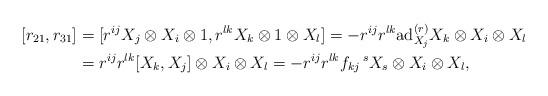
LaTeX: \begin{align*}[r_{21},r_{31}]&=[r^{ij}X_{j}\otimes X_{i}\otimes 1, r^{lk} X_{k}\otimes 1\otimes X_{l}]=-r^{ij}r^{lk} \mathrm{ad}^{(r)}_{X_{j}}X_{k}\otimes X_{i}\otimes X_{l}\\&= r^{ij}r^{lk} [X_{k},X_{j}]\otimes X_{i}\otimes X_{l}=-r^{ij}r^{lk}f_{kj}\,^{s}X_{s} \otimes X_{i}\otimes X_{l},\end{align*}